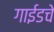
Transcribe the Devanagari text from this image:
गाईडचे